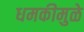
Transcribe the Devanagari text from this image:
धमकीमुळे